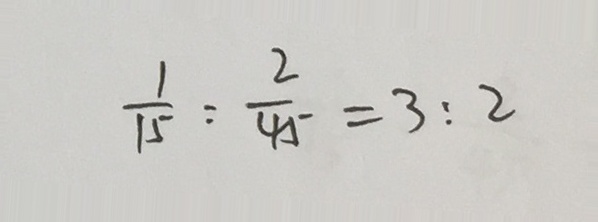
\frac { 1 } { 1 5 } : \frac { 2 } { 4 5 } = 3 : 2